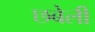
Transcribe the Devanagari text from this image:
छबेली